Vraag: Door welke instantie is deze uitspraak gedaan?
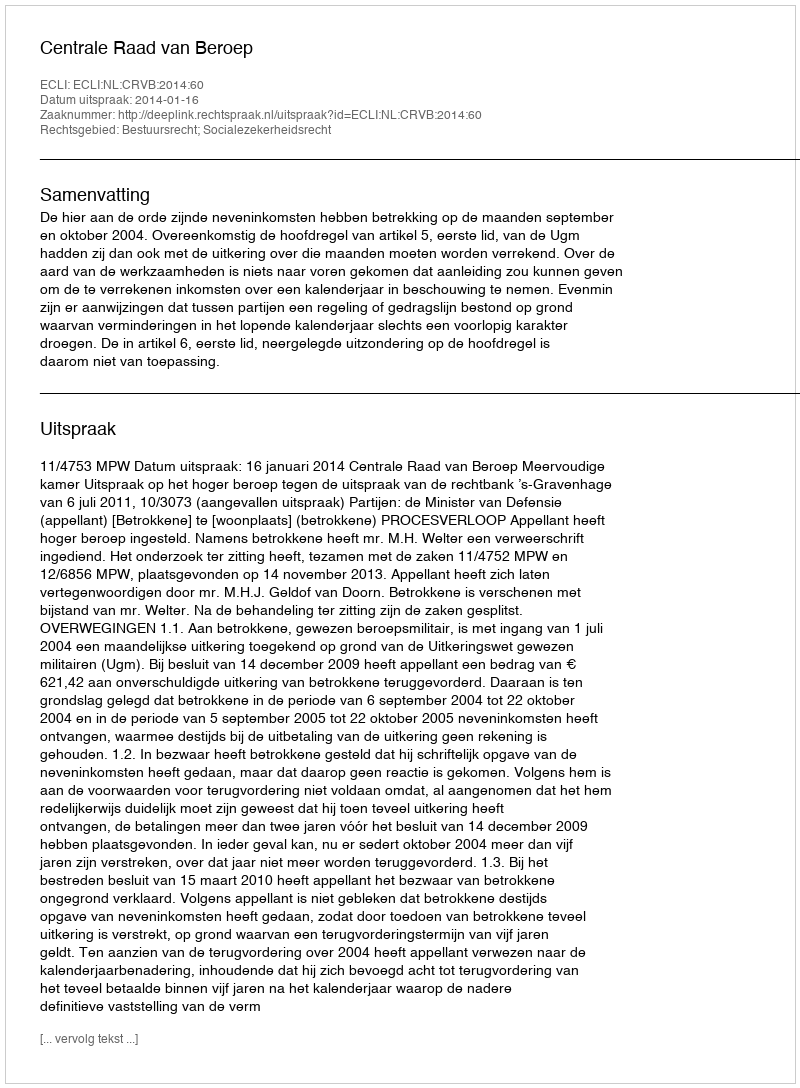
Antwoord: Centrale Raad van Beroep